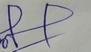
Signature authenticity: forged